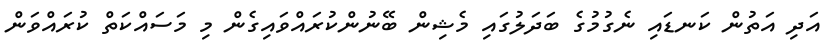
އަދި އަތުން ކަނޑައި ނެގުމުގެ ބަދަލުގައި މެޝިން ބޭނުންކުރައްވައިގެން މި މަސައްކަތް ކުރައްވަން